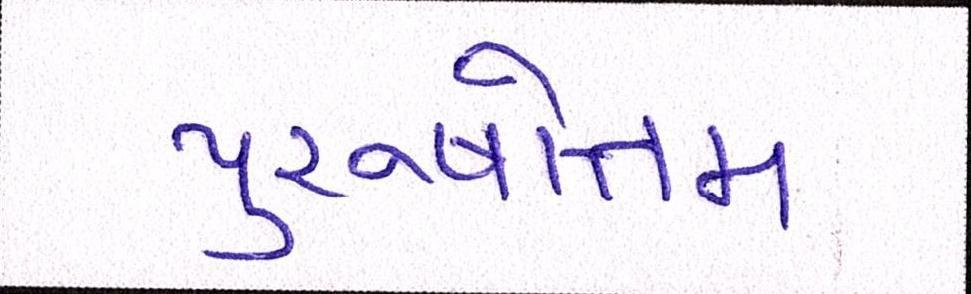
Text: પુરુષોત્તમ